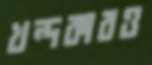
খন্দকারও